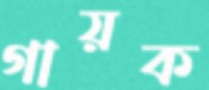
গায়ক